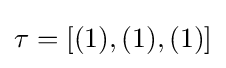
\tau =[(1),(1),(1)]